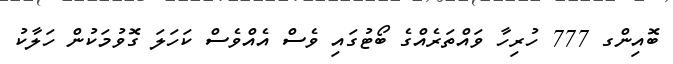
ބޮއިންގ 777 ހުރިހާ ވައްތަރެއްގެ ބޯޓުގައި ވެސް އެއްވެސް ކަހަލަ ގޮވުމަކުން ހަލާކު